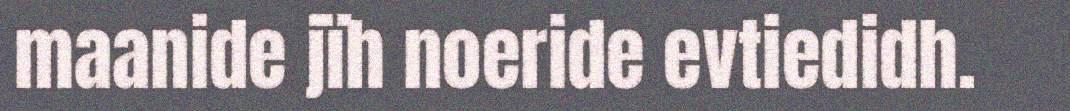
maanide jïh noeride evtiedidh.